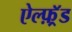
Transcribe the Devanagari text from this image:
ऐल्फ़्रॅड